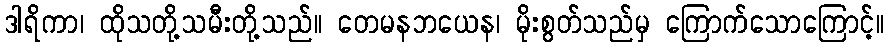
ဒါရိကာ၊ ထိုသတို့သမီးတို့သည်။ တေမနဘယေန၊ မိုးစွတ်သည်မှ ကြောက်သောကြောင့်။